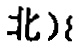
北）\{}